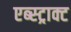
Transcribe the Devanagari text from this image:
एब्स्ट्राक्ट